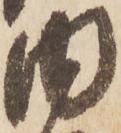
内